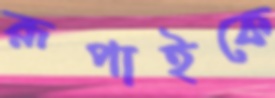
রূপাইকে